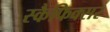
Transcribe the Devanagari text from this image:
स्कैफिक्सर